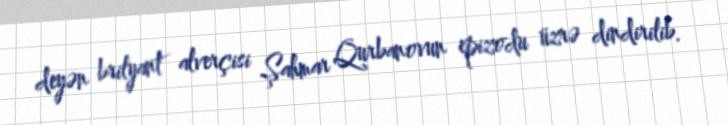
deyən brilyant alverçisi Şahmar Qurbanovun epizodu üzrə dindirilib.